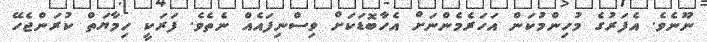
ނޫނެވެ. އެފަރުގެ މުހިންމުކަން އަހަރެމެންނަށް އެހާބޮޑަކަށް ވިސްނިފައެއް ނެތެވެ. ފަރަކީ ހިމާޔަތް ކުރަންޖެހޭ